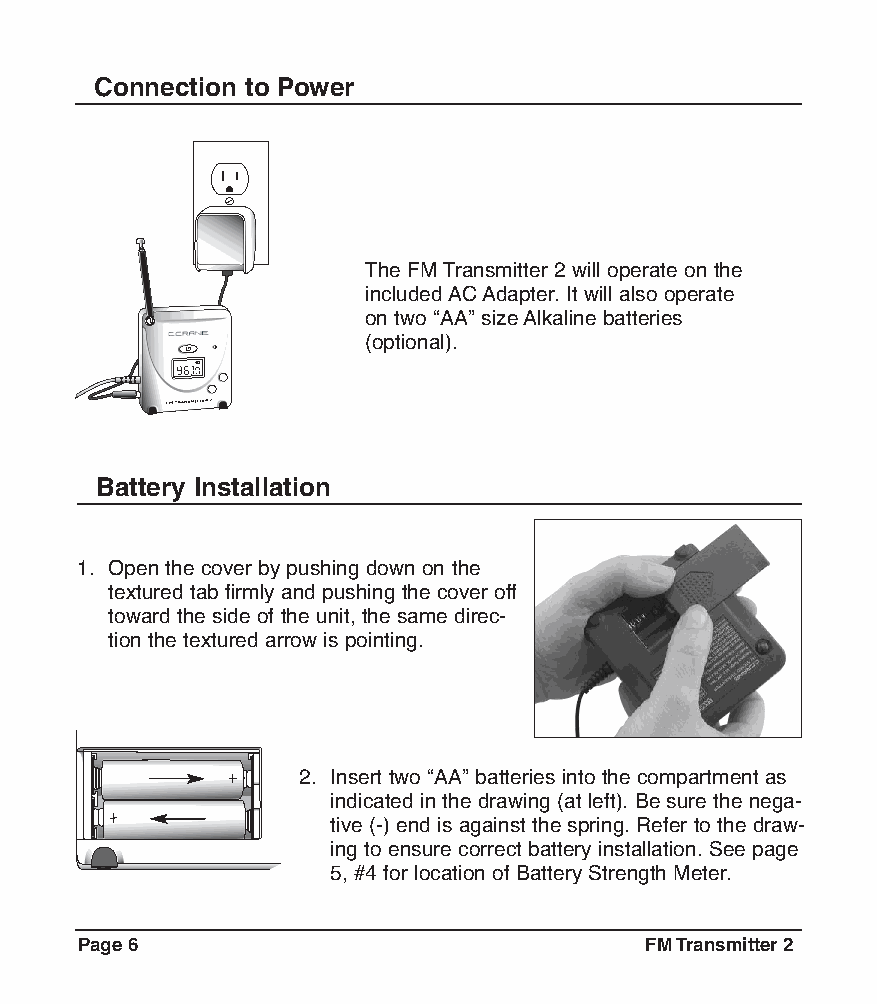
Connection to Power
 The FMTransmitter 2 will operate on the
 includedACAdapter. It will also operate
 on two “AA” sizeAlkaline batteries
 (optional).
 .III
 Battery Installation
 1. Open the cover by pushing down on the
 textured tab firmly and pushing the cover off
 toward the side of the unit, the same direc-
 tion the textured arrow is pointing.
 2. Insert two “AA” batteries into the compartment as
 indicated in the drawing (at left). Be sure the nega-
 tive (-) end is against the spring. Refer to the draw-
 ing to ensure correct battery installation. See page
 5, #4 for location of Battery Strength Meter.
 Page6                                 FMTransmitter2